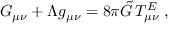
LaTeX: G _ { \mu \nu } + \Lambda g _ { \mu \nu } = 8 \pi \tilde { G } \, T _ { \mu \nu } ^ { E } \; ,